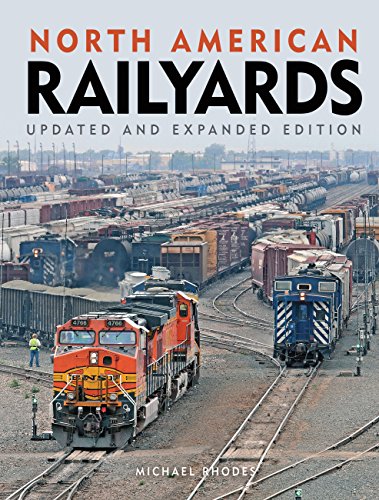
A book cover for North American Railyards, Updated and Expanded Edition; Michael Rhodes; Engineering & Transportation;